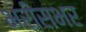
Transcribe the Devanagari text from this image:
भरीसभर